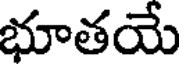
భూతయే